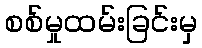
စစ်မှုထမ်းခြင်းမှ